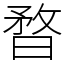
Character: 暓